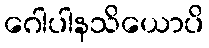
ဂေါပါနသိယောပိ